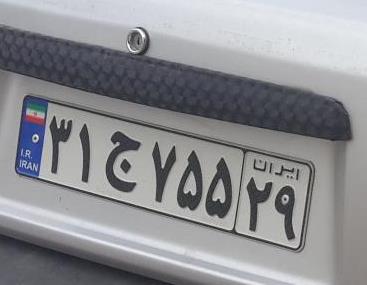
۳۱ج۷۵۵۲۹